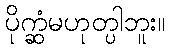
ပိုက္ဆံမဟုတ္ပါဘူး။